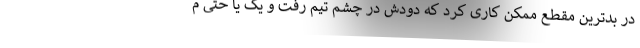
در بدترین مقطع ممکن کاری کرد که دودش در چشم تیم رفت و یک یا حتی م